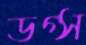
ডগ্স